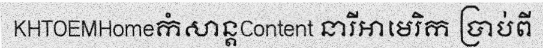
KHTOEMHomeកំសាន្តContent នារីអាមេរិក ប្រាប់ពី